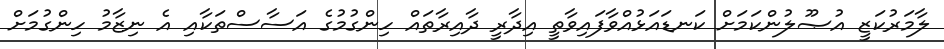
ލާމަރުކަޒީ އުޞޫލުންކަމަށް ކަނޑައަޅުއްވާފައިވާތީ އިދާރީ ދާއިރާތައް ހިންގުމުގެ އަސާސްތަކާއި އެ ނިޒާމު ހިންގުމަށް